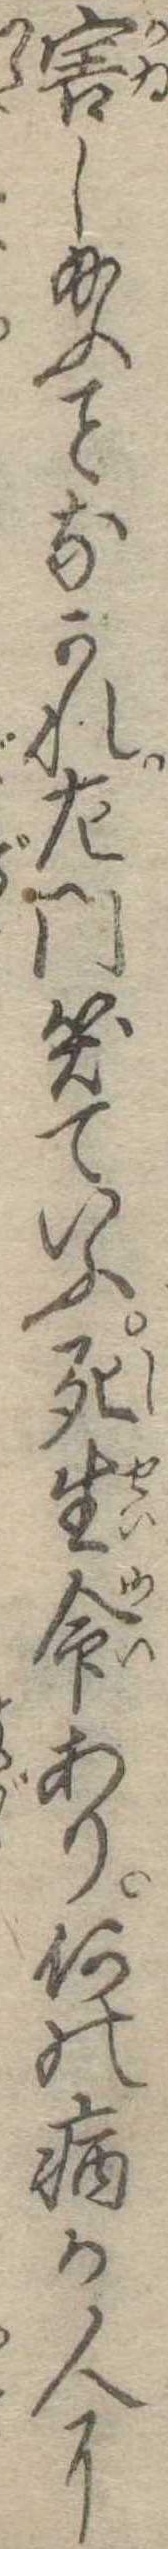
害し給ふなかれ左門笑ていふ死生命あり何の病か人に